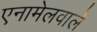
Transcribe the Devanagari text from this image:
एनामेलवाले